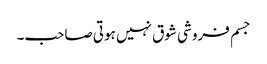
جسم فروشی شوق نہیں ہوتی صاحب۔